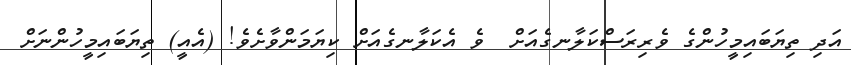
އަދި ތިޔަބައިމީހުންގެ ވެރިރަސްކަލާނގެއަށް  ވެ އެކަލާނގެއަށް ކިޔަމަންވާށެވެ! (އެއީ) ތިޔަބައިމީހުންނަށް